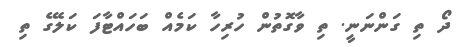
ދޯ ތި ގަންނަނީ. ތި ވާގޮތުން ހުރިހާ ކަމެއް ބަހައްޓާފަ ކަލޭގެ ތި